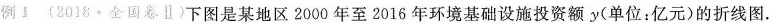
例1 (2018·全国卷Ⅱ)下图是某地区2000年至2016年环境基础设施投资额y(单位：亿元)的折线图。